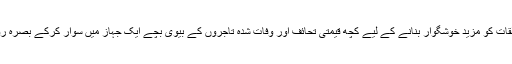
اس نے ان تعلقات کو مزید خوشگوار بنانے کے لیے کچھ قیمتی تحائف اور وفات شدہ تاجروں کے بیوی بچے ایک جہاز میں سوار کرکے بصرہ روانہ کر دیے۔